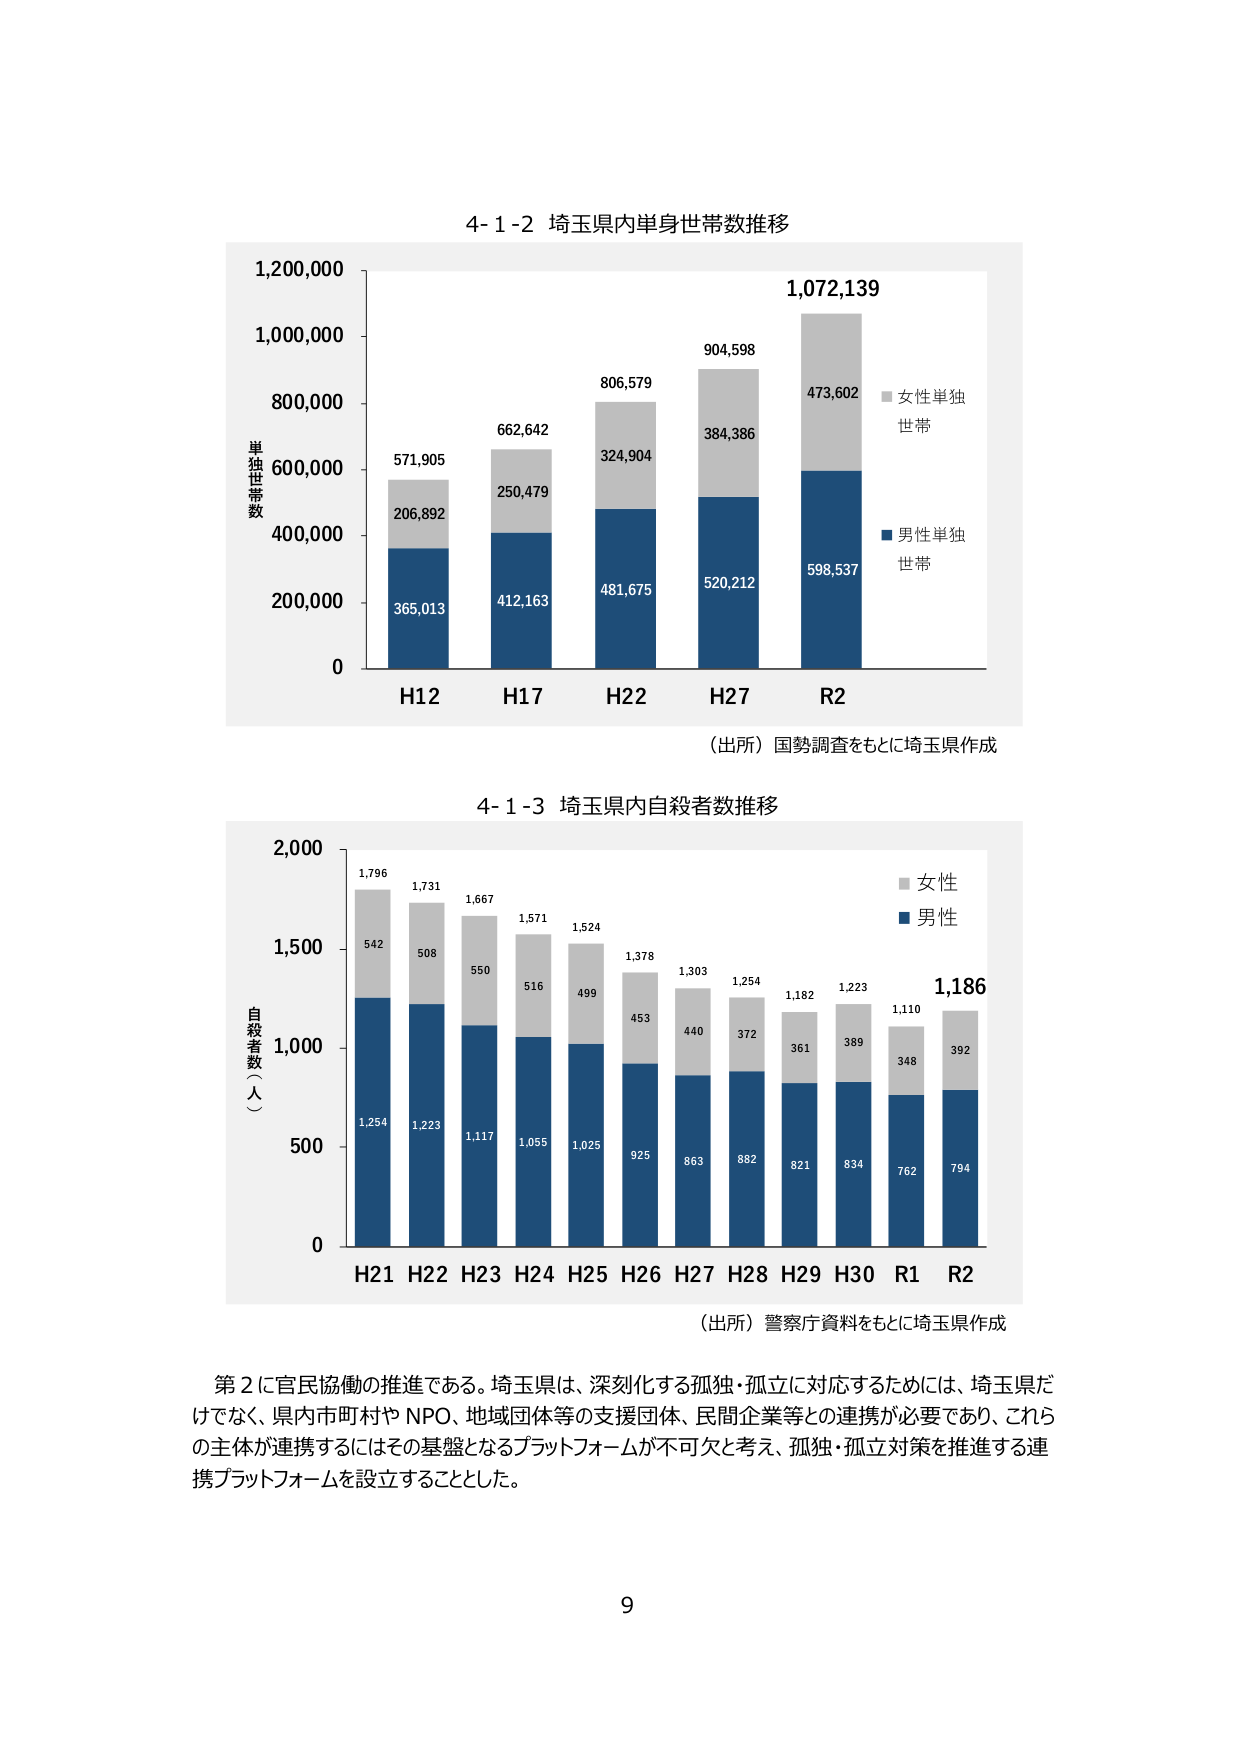
4-1-2 埼玉県内単身世帯数推移

1,200,000
1,000,000
800,000
600,000
400,000
200,000
0

単独世帯数

H12
365,013
206,892
571,905

H17
412,163
250,479
662,642

H22
481,675
324,904
806,579

H27
520,212
384,386
904,598

R2
598,537
473,602
1,072,139

■ 女性単独世帯
■ 男性単独世帯

（出所）国勢調査をもとに埼玉県作成

4-1-3 埼玉県内自殺者数推移

2,000
1,500
1,000
500
0

自殺者数（人）

H21
1,254
542
1,796

H22
1,223
508
1,731

H23
1,117
550
1,667

H24
1,055
516
1,571

H25
1,025
499
1,524

H26
925
453
1,378

H27
863
440
1,303

H28
882
372
1,254

H29
821
361
1,182

H30
834
389
1,223

R1
762
348
1,110

R2
794
392
1,186

■ 女性
■ 男性

（出所）警察庁資料をもとに埼玉県作成

第2に官民協働の推進である。埼玉県は、深刻化する孤独・孤立に対応するためには、埼玉県だけでなく、県内市町村やNPO、地域団体等の支援団体、民間企業等との連携が必要であり、これらの主体が連携するにはその基盤となるプラットフォームが不可欠と考え、孤独・孤立対策を推進する連携プラットフォームを設立することとした。

9